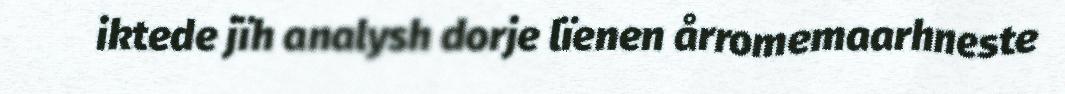
iktede jïh analysh dorje lïenen årromemaarhneste